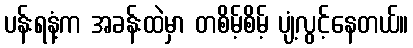
ပန်းရနံ့က အခန်းထဲမှာ တစိမ့်စိမ့် ပျံ့လွင့်နေတယ်။